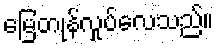
မြေတုန်လှုပ်လေသည်။